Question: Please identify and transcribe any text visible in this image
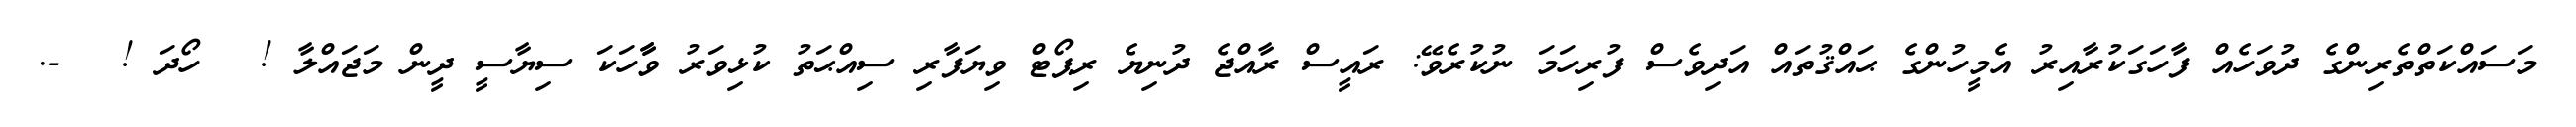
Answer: މަސައްކަތްތެރިންގެ ދުވަހެއް ފާހަގަކުރާއިރު އެމީހުންގެ ޙައްޤުތައް އަދިވެސް ފުރިހަމަ ނުކުރެވޭ: ރައީސް ރާއްޖެ ދުނިޔެ ރިޕޯޓް ވިޔަފާރި ސިއްޙަތު ކުޅިވަރު ވާާހަކަ ސިޔާސީ ދީން މަޖައްލާ ! ? ހޯދަ ! ? -.